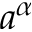
a ^ { \alpha }